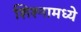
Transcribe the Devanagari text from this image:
शिश्नामध्ये